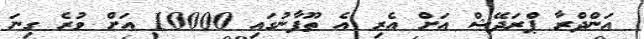
އަންދްރާ ޕްރަދޭޝް އަށް އެރި އެ ތޫފާނުގައި 10000 އަށް ވުރެ ގިނަ